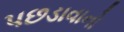
પછડાવાનો